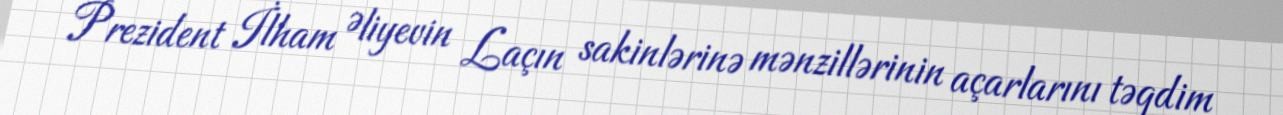
Prezident İlham Əliyevin Laçın sakinlərinə mənzillərinin açarlarını təqdim